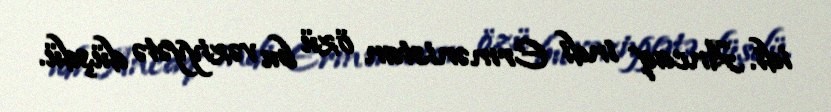
idi. Ancaq indi Ermənistan özü bu vəziyyətə düşdü.